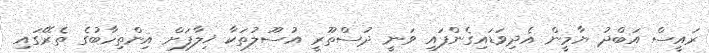
ރައީސް އަބްދު ޔާމީން އެދިވަޑައިގެންފައި ވަނީ ދުސްތޫރީ އުސޫލުތަކާ ޚިލާފަށް އިންތިހާބުގެ ތެރޭގައި